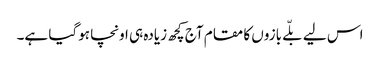
اس لیے بلّے بازوں کا مقام آج کچھ زیادہ ہی اونچا ہوگیا ہے۔